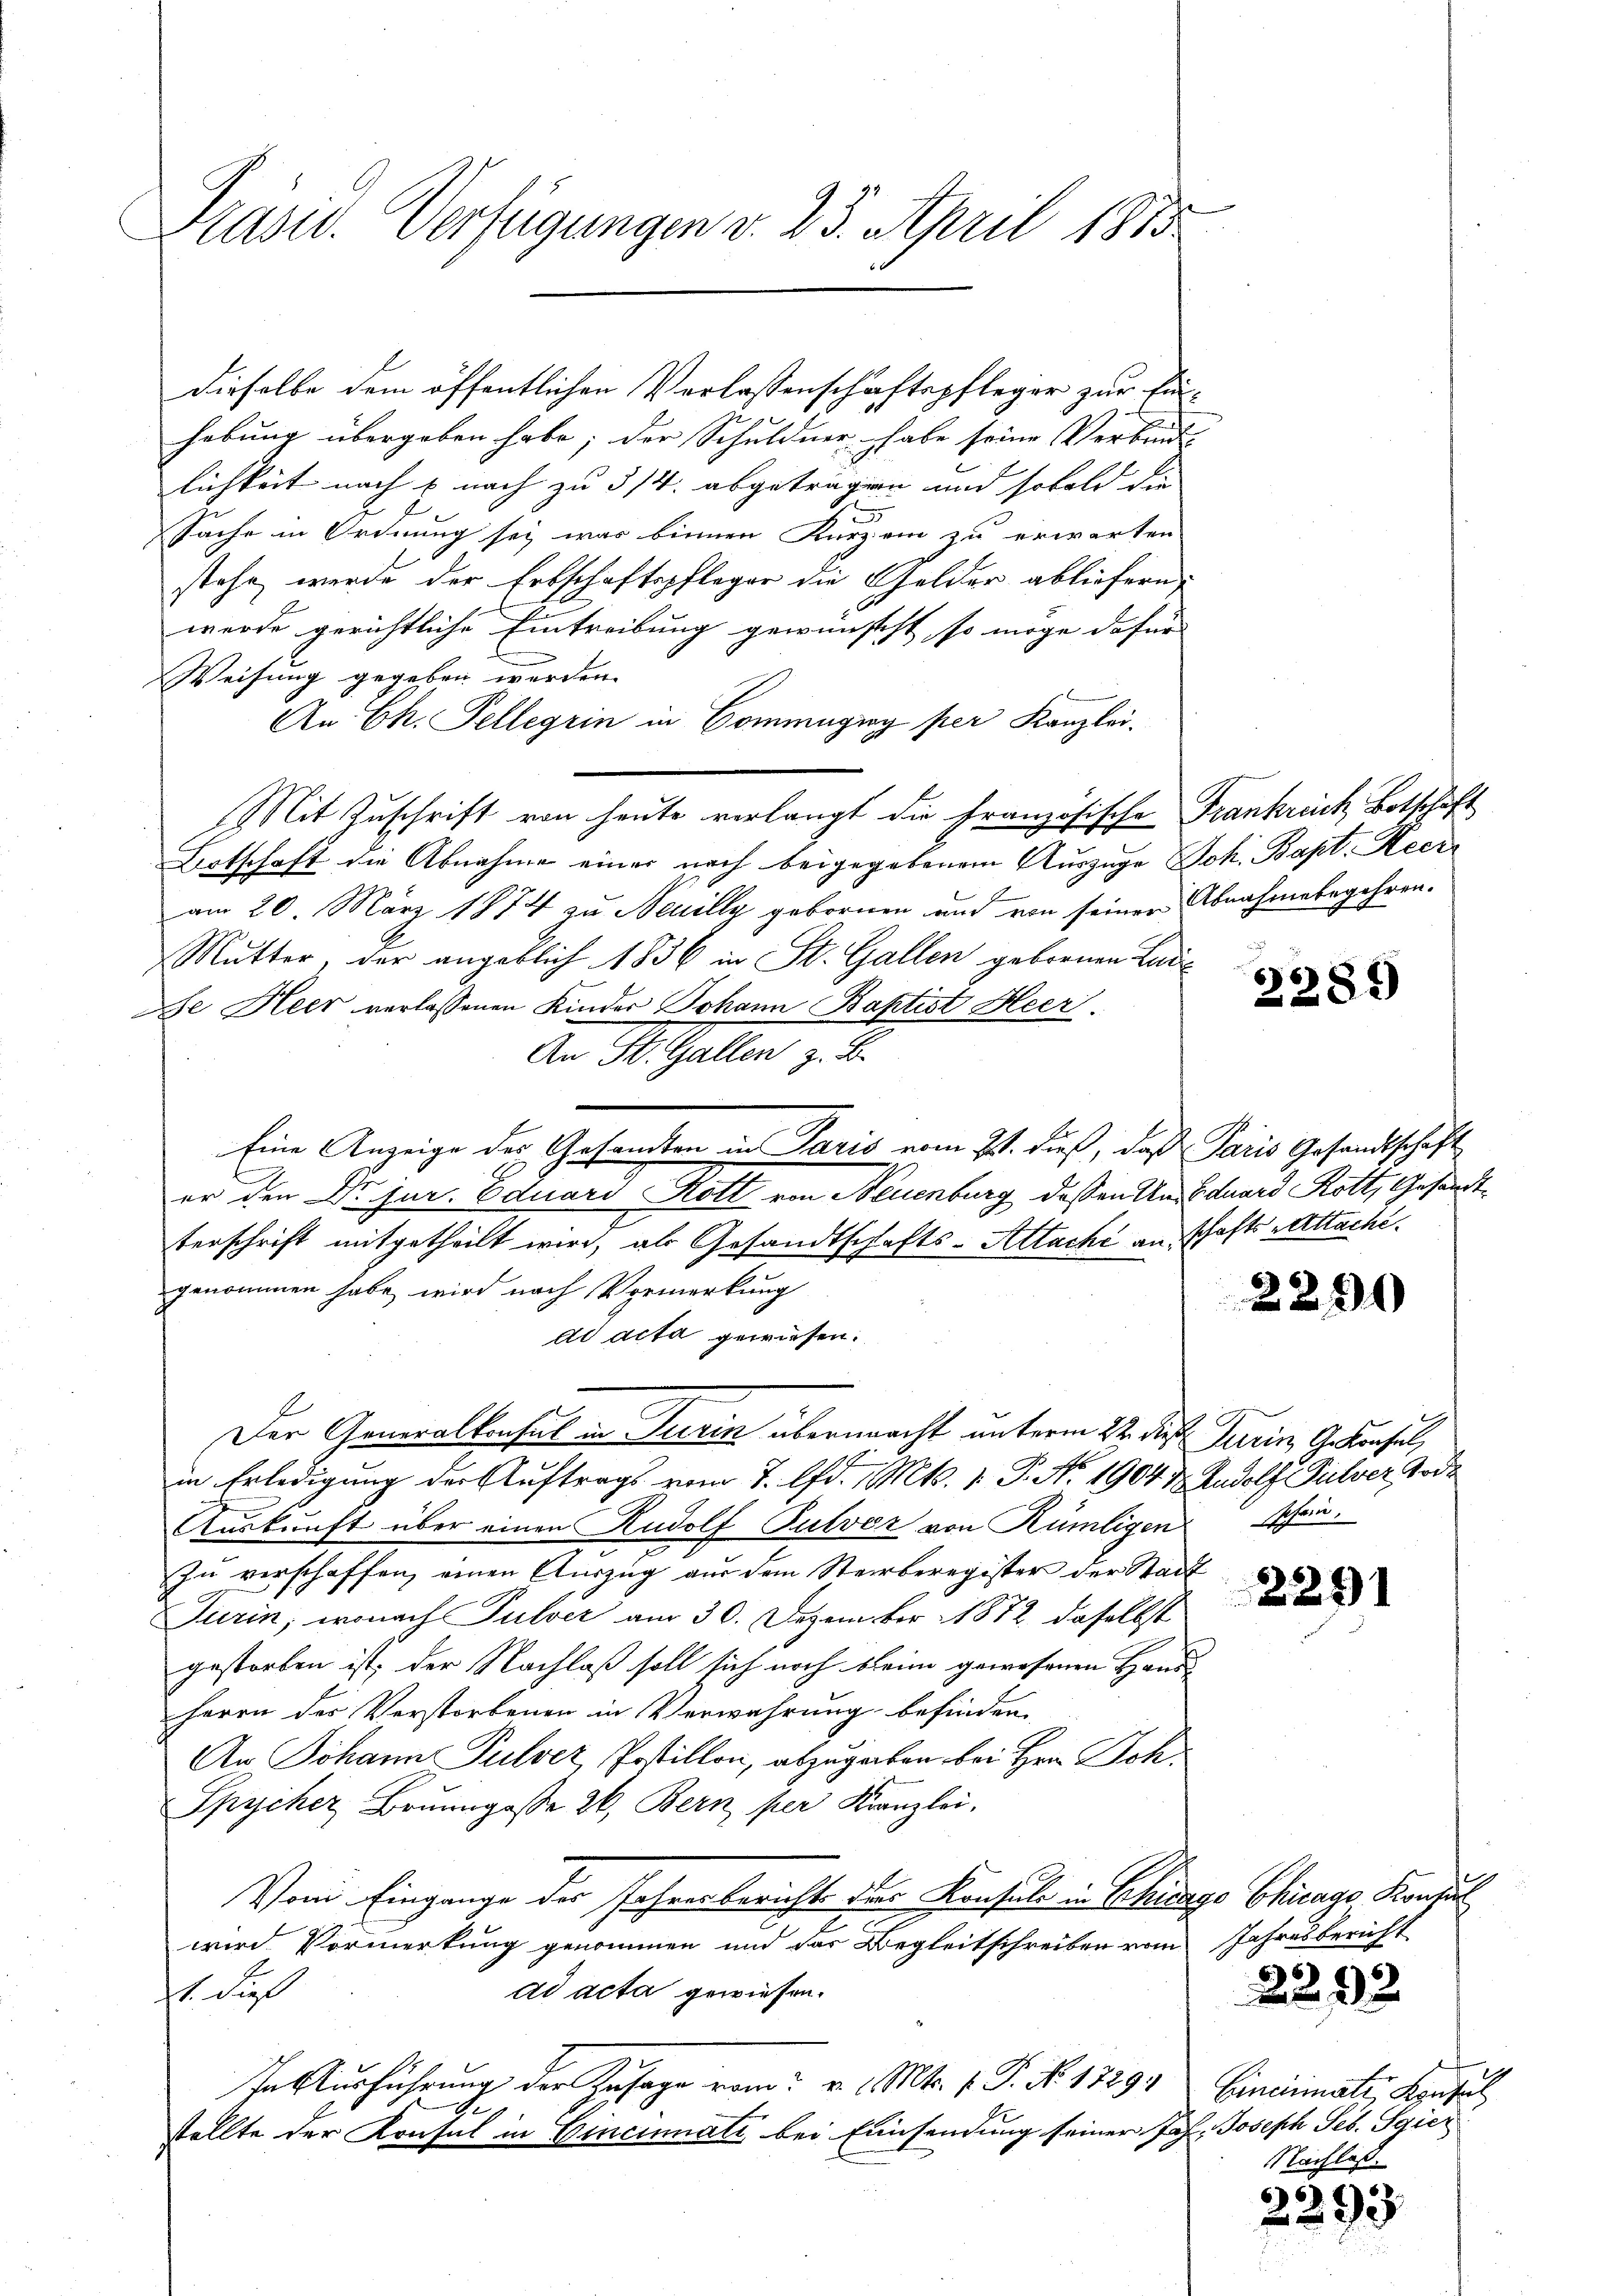
Pasur. Verfügungen v. 23. April 1885

dieselbe dem öffentlichen Verlassenschaftspfleger zur Einhebung übergeben habe; der Schuldner habe seine Verbruch.
lichkeit nach u nach zu 3/4 abgetragen und sobald die
Sache in Ordnung sei was binnen Kurzen zu erwarten
stehe werde der Erbschaftspfleger die Gelder abliefern,
werde gerichtliche Eintreibung gewünscht, so möge dafür |
Weisung gegeben werden.
An Ch. Pellerin in Commugiog per Kanzlei.
Mit Zuschrift von heute verlangt die Französische Frankrech Botschaft
Bertschaft die Abnahme einer nach beigegebenem Auszüge Joh. Bapt. Heeram 20. März 1874 zu Neuilly gebornen und von seiner Abnahmebegehren.
Mutter, der angeblich 1836 in St. Gallen gebornen Lade
Se Heer verlassenen Kinder Johann Baptist Heer.
An St. Gallen z. B.
Eine Anzeige des Gesandten in Paris vom 21. dieß, daß Paris Gesandtschaft
er den Dr jur. Eduard Rott von Neuenburg dessen Un Eduard Rott, Gesandtterschrift mitgetheilt wird, als Gesandtschafts-Attache an schafts-Attache.
genommen habe, wird nach Vormerkung
dd acta gewiesen.
Der Generalkonsul in Turin übermacht unterm 22. die Turin, Gebensul,
in Erledigung der Auftrags vom 7. d. Mts. 1. P. No 1904 & Rudolf Pulver Tode
Auskunft über einen Rudolf Pulver von Rümligen schon,
zu verschaffen, einen Auszug aus dem Sterberegister der Stadt
Turin, wonach Pulver am 30. Dezember 1872, daselbst
gestorben ist; der Nachlaß soll sich noch beim gewesenen Hand
harre des Verstorbenen in Verwahrung befinden,
An Johann Pulver, Postillon, abzugeben bei Hrn. Joh.
Spycher Brunngasse 26, Bern per Kanzlei,
Vom Eingange der Jahres bericht der Konsul in Schicago Chicago Konsul
wird Vormerkung genommen und das Begleitschreiben vom Jahresbericht
ad acta gewiesen.
st du
In Ausführung der Kusage vom 2. d. Mts. v. P. No. 1829. Eincrimats Konsul
stellte der Konsul in Cincinati bei Einsendung seiner Joh. Joseph Seb. Sgier

2285)

2290

2251

2292

Nachlaß.

6
293